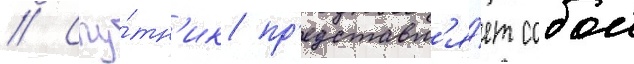
// Спу́тн'ик пр'едставл'я́ет собои